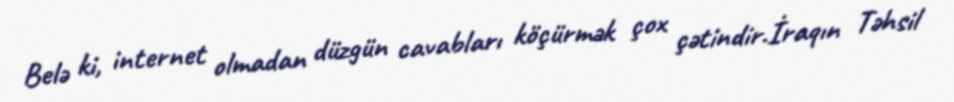
Belə ki, internet olmadan düzgün cavabları köçürmək çox çətindir.İraqın Təhsil